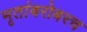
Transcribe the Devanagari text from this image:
मृतांबरोबरच